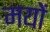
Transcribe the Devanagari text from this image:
मयों